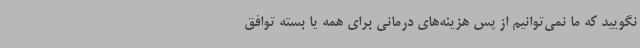
نگویید که ما نمی‌توانیم از پس هزینه‌های درمانی برای همه یا بسته توافق